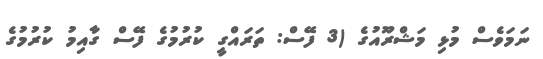
ނަމަވެސް މުޅި މަޝްރޫއުގެ (3 ފޭސް: ތަރައްގީ ކުރުމުގެ ފޭސް ގާއިމު ކުރުމުގެ